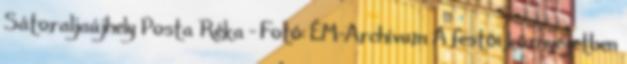
Sátoraljaújhely Posta Réka - Fotó: ÉM-Archívum A festői környezetben